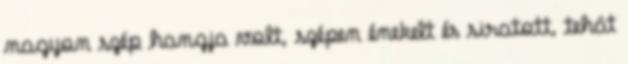
nagyon szép hangja volt, szépen énekelt és siratott, tehát